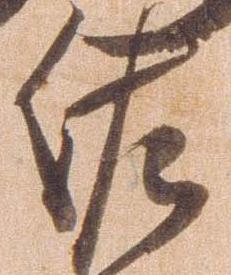
佐